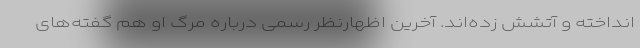
انداخته‌ و آتشش زده‌اند. آخرین اظهارنظر رسمی درباره مرگ او هم گفته‌های